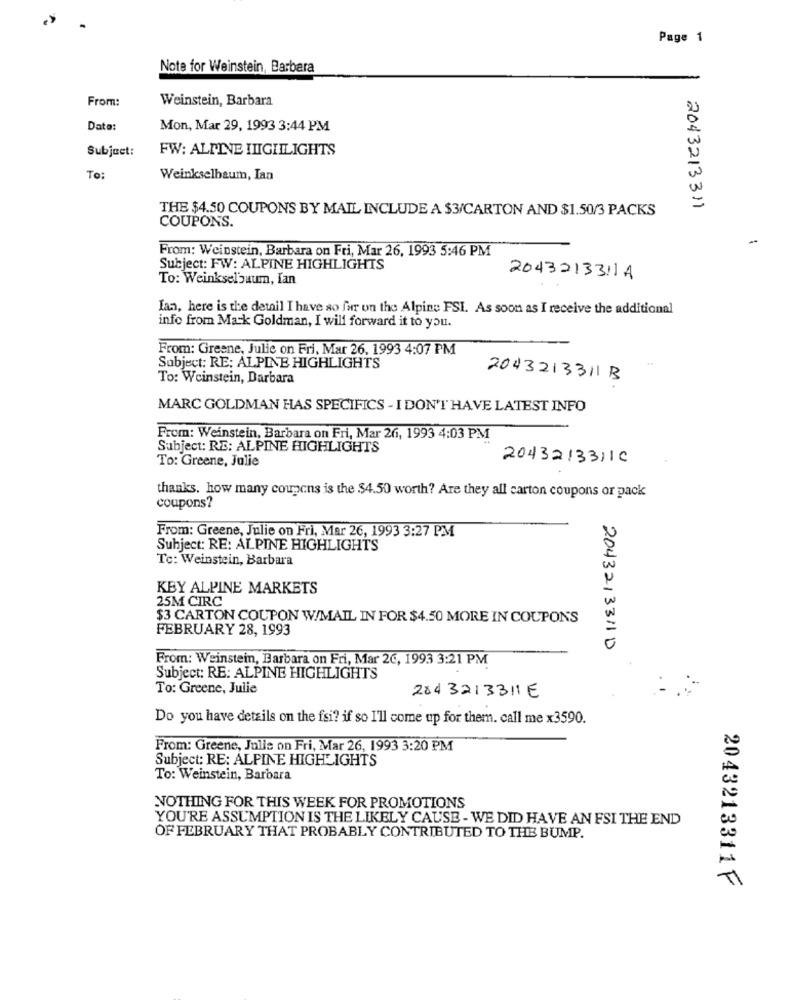
Page 1
Note for Weinstein, Barbara
From:
Weinstein, Barbara
Date:
Mon, Mar 29, 1993 3:44 PM
Subject:
FW: ALPINE IIIGIILIGHTS
To:
Weinkselbaum, Ian
THE $4.50 COUPONS BY MAIL INCLUDE A $3/CARTON AND $1.50/3 PACKS
2043213311
COUPONS.
From: Weinstein, Barbara on Fri, Mar 26, 1993 5:46 PM
Subject: FW: ALPINE HIGHLIGHTS
To: Weinkselbaum, Ian
2043213311A
Ian, here is the detail I have so fur on the Alpine FSI. As soon as I receive the additional
info from Mack Goldman, I will forward it to you.
From: Greene, Julie on Fri, Mar 26, 1993 4:07 PM
Subject: RE: ALPINE HIGHLIGHTS
To: Weinstein, Darbara
2043213311 B
MARC GOLDMAN HAS SPECIFICS - I DON'T HAVE LATEST INFO
From: Weinstein, Barbara on Fri, Mar 26, 1993 4:03 PM
Subject: RE: ALPINE HIGHLIGHTS
To: Greene, Julie
2043213311C
thanks. how many coupons is the $4.50 worth? Are they all carton coupons or pack
coupons?
From: Greene, Julie on Fri, Mar 26, 1993 3:27 PM
Subject: RE: ALPINE HIGHLIGHTS
To: Weinstein, Barbara
KBY ALPINE MARKETS
25M CIRC
$3 CARTON COUPON W/MAIL IN FOR $4.50 MORE IN COUPONS
FEBRUARY 28, 1993
2043213311D
From: Weinstein, Barbara on Fri, Mar 26, 1993 3:21 PM
Subject: RE: ALPINE HIGHLIGHTS
To: Greene, Julie
2843213311E
Do you have details on the fsi? if so I'll come up for them. call me x3590.
From: Greene, Julie on Fri, Mar 26, 1993 3:20 PM
Subject: RE: ALPINE HIGHLIGHTS
To: Weinstein, Barbara
NOTHING FOR THIS WEEK FOR PROMOTIONS
YOU'RE ASSUMPTION IS THE LIKELY CAUSE - WE DID HAVE AN FSI THE END
OF FEBRUARY THAT PROBABLY CONTRIBUTED TO THE BUMP.
2043213311 F